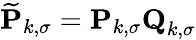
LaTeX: \mathbf{\widetilde{P}}_{k,\sigma}=\mathbf{P}_{k,\sigma}\textbf{Q}_{k,\sigma}